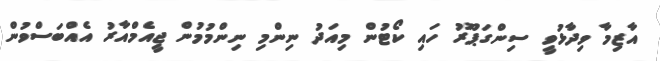
އާޒިމާ ވިދާޅުވީ ސިންގަޕޫރު ހައި ކޯޓުން މިއަދު ނިންމި ނިންމުމުން ޖީއެމްއާރު އެއްބަސްވުން